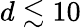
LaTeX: d\lesssim 10